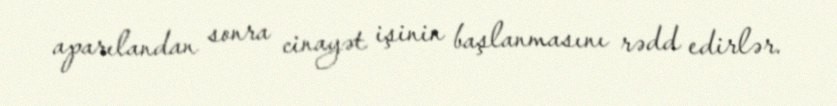
aparılandan sonra cinayət işinin başlanmasını rədd edirlər.